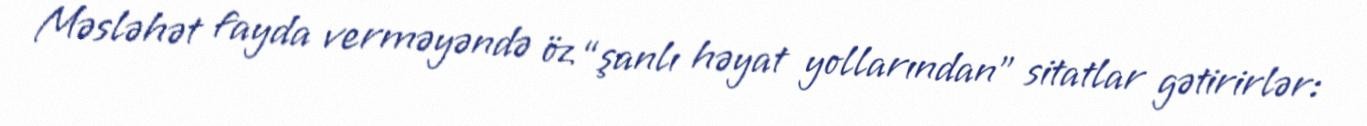
Məsləhət fayda verməyəndə öz “şanlı həyat yollarından” sitatlar gətirirlər: